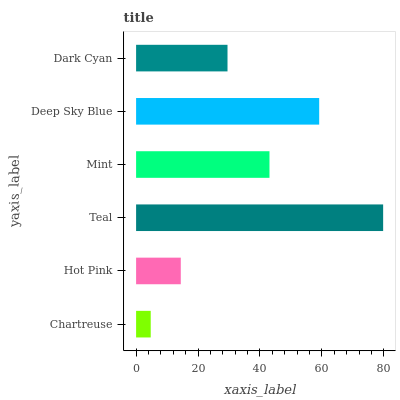
| yaxis_label | bars |
 | --- | --- |
 | Chartreuse | 4.73 |
 | Hot Pink | 14.4 |
 | Teal | 79.8 |
 | Mint | 43.1 |
 | Deep Sky Blue | 59.1 |
 | Dark Cyan | 29.5 |